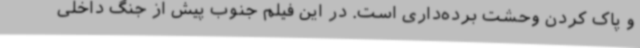
و پاک کردن وحشت برده‌داری است. در این فیلم جنوب پیش از جنگ داخلی